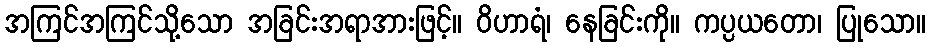
အကြင်အကြင်သို့သော အခြင်းအရာအားဖြင့်။ ဝိဟာရံ၊ နေခြင်းကို။ ကပ္ပယတော၊ ပြုသော။